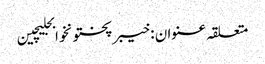
متعلقہ عنوان : خیبرپختونخوابجلیچین